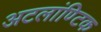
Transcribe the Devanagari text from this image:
अटलांण्टिक